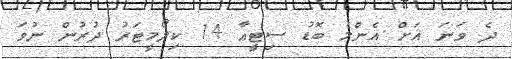
ދެ ވަނަ އަށް އެންމެ ބޮޑު ސިޓީއާ 14 ކިލޯމީޓަރު ދުރުން ނުވަ